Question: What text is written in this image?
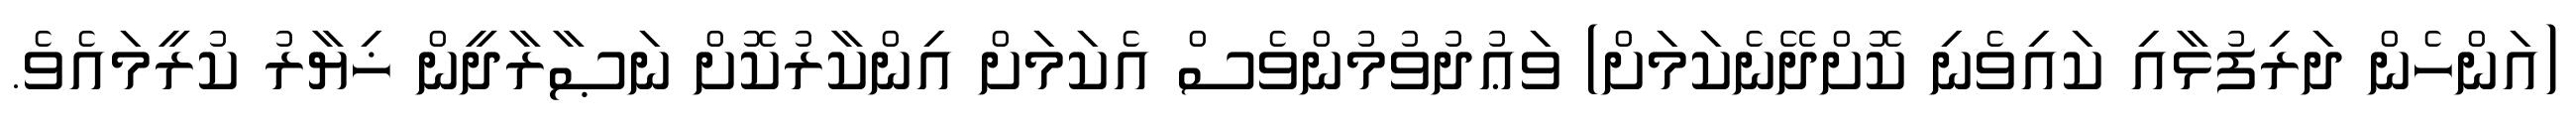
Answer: (އަންހެން ދަރިފުޅާއި ކައިވެނި ކޮށްދޭނެކަމަށް) ވަޢުދުވުމުންވެސް އެކަމަށް އިންކާރުކޮށް ނަޞާރާދީން ޚިޔާރު ކުރީމައެވެ.